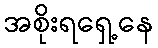
အစိုးရရှေ့နေ